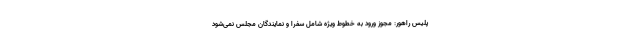
پلیس راهور: مجوز ورود به خطوط ویژه شامل سفرا و نمایندگان مجلس نمی‌شود